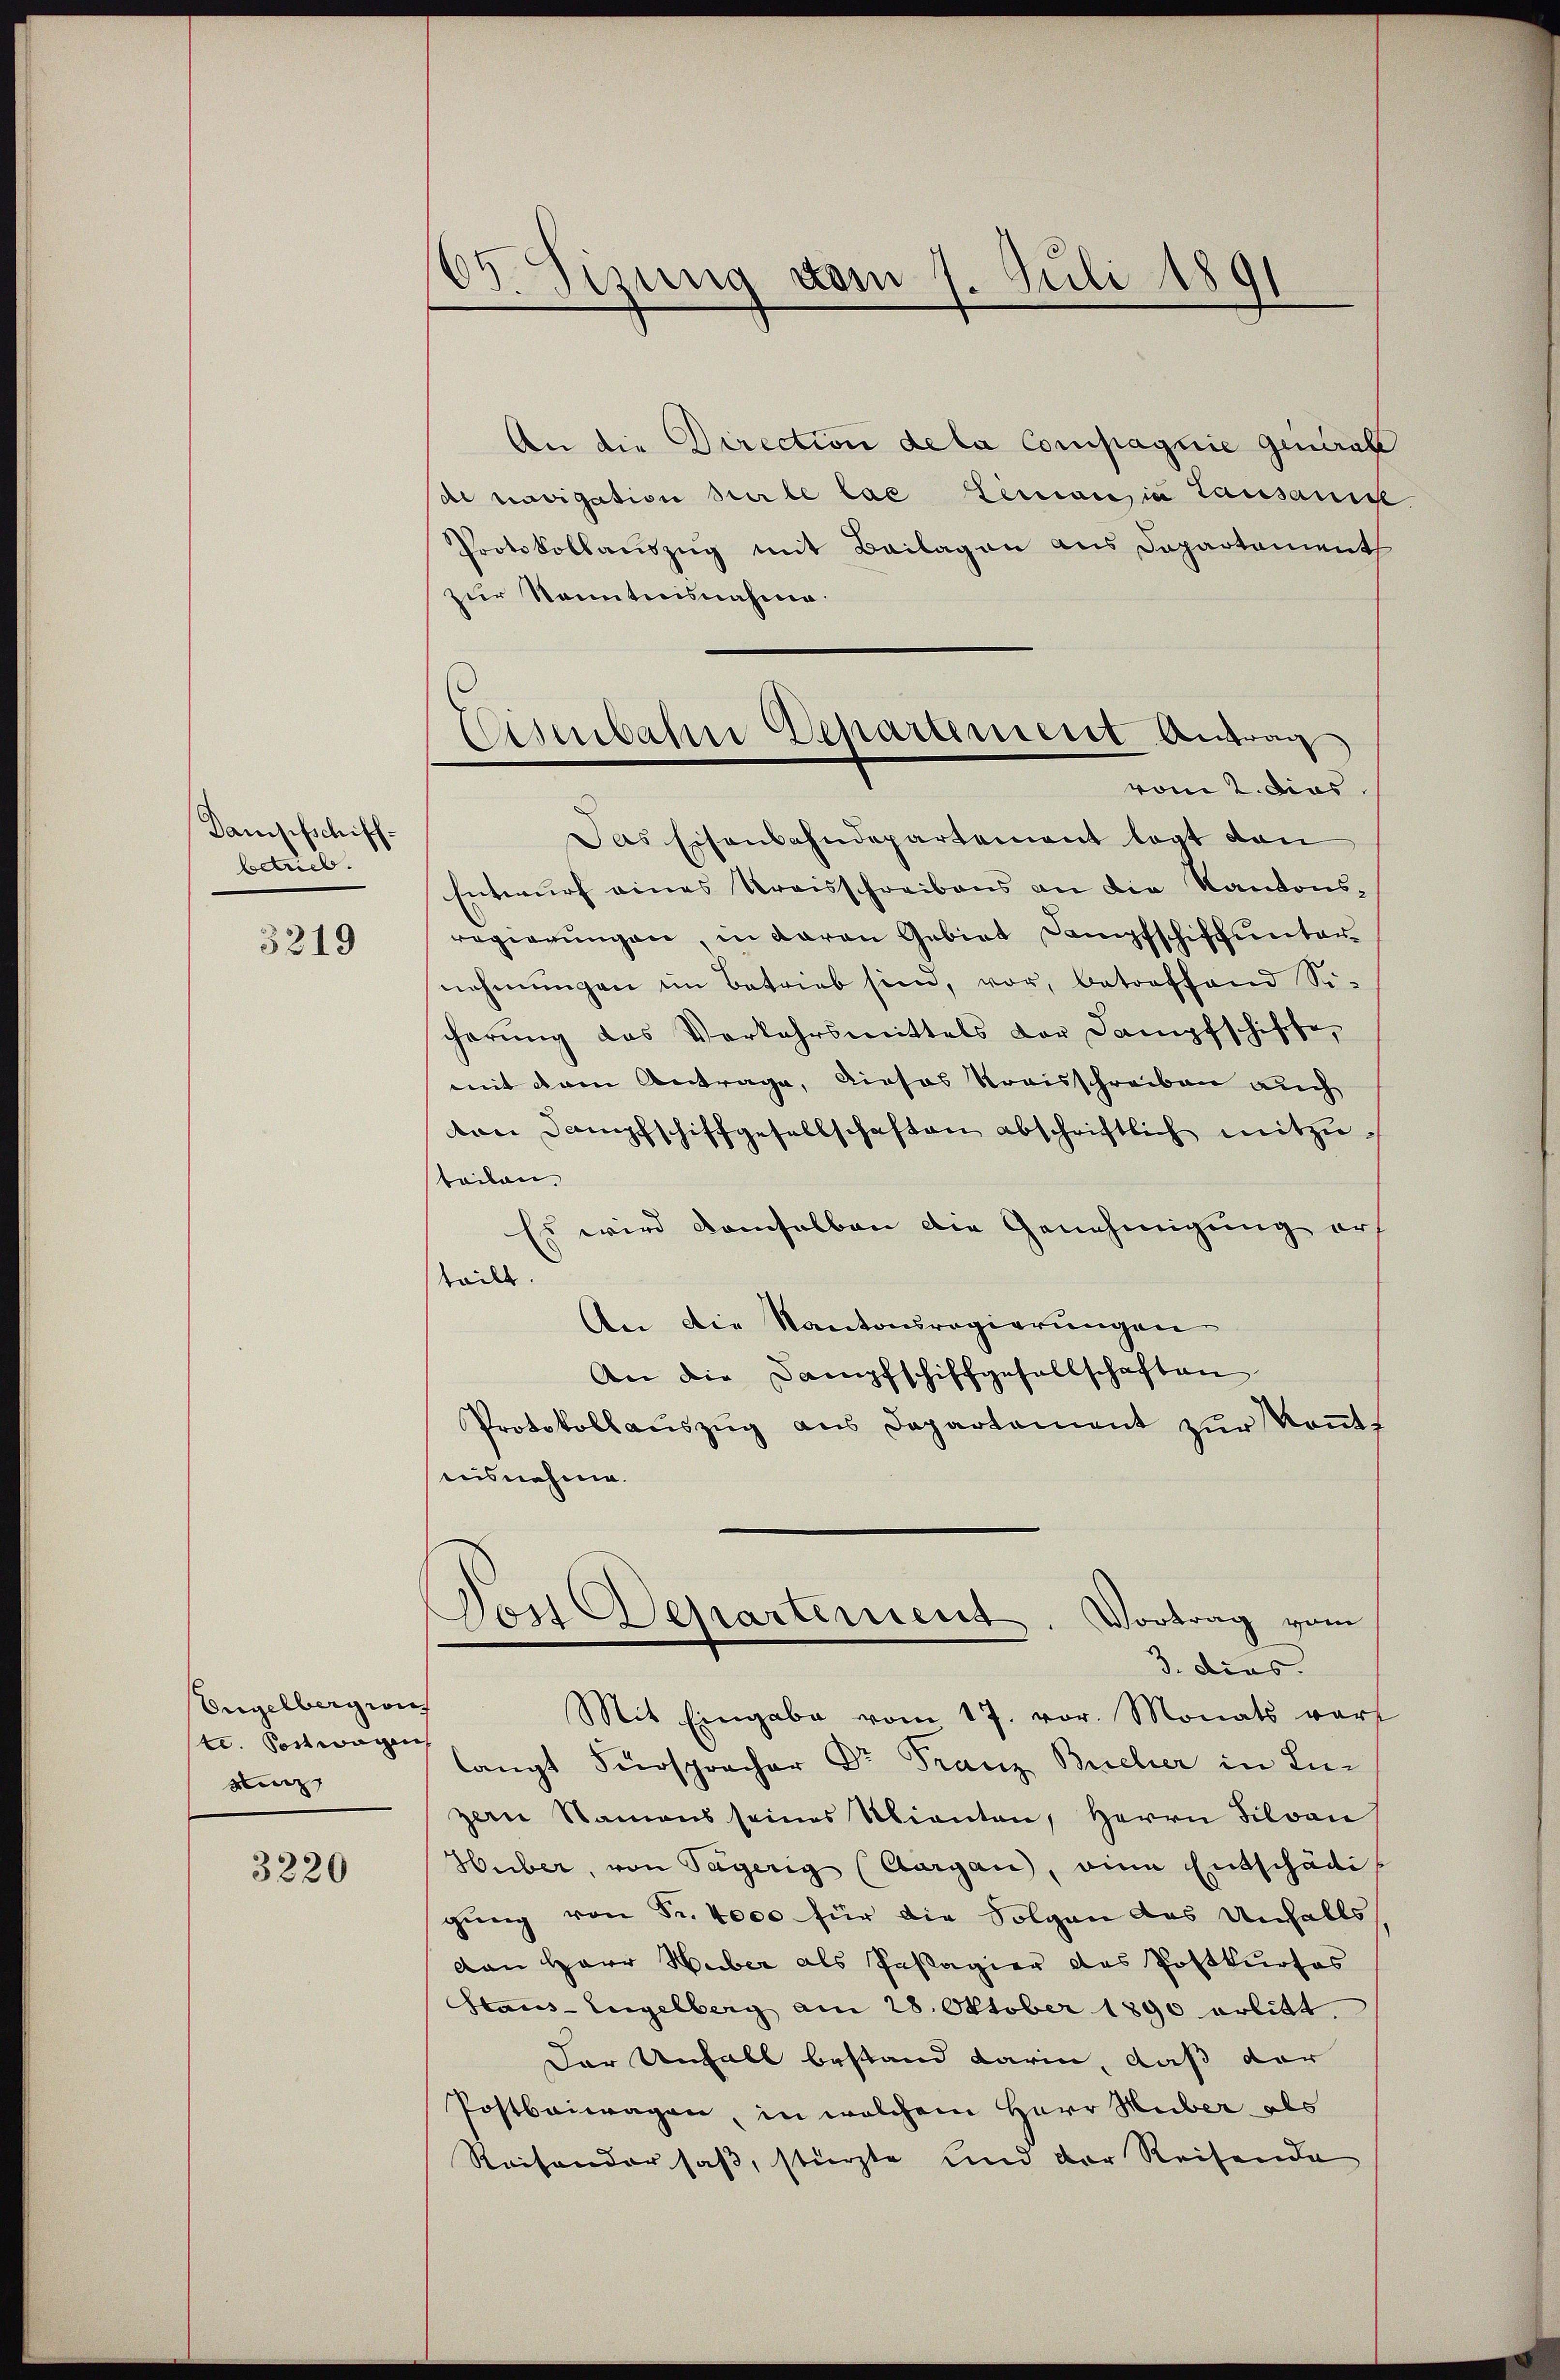
Dampfschiffbetrieb.

3219

Engelbergrif
te. Postwagen
saz

3220

109. Sizung vom 1. Juli 1891

An die Direction de la Compagnie generate
di vavigation sur le lae Lemania Lausausse
Protokollauszug mit Beilagen aus Departament
zur Kenntnisnahme.
Das Eisenbahndepartement legt dan
Entwurf eines Kreisschreibens an die Kantonsregierungen in daran Gebiet Dampfschiff unter
nehmungen im Betrieb sind, vor, betroffend Sicherung das Verkehrsmittels der Dampfschiffe,
mit denen Antrage, dieses Kraisschreiben auch
ton Dampfschiffgesellschaften abschriftlich mitzu
teilen.
Es wird demselben die Genehmigung ers
teilt.
An die Kantauregierungen
An die Dampfschiffgesellschaften
Protokollaŭszŭg aŭs Departement zŭr Kont
aisnahme.
Von Departement. Vortrag vom
3. dies
Mit Eingabe vom 17. vor. Monats vor
langt Fürspracher Dr Franz Bucher in Luzem Namens seines Abianten, Herrn Silvan
Huber, von Sägerig (Aargau, eine Entschädi
gung von Fr. 4000 für die Folgen das Unfalls
von Herr Huber als Passagier des Postkurses
Haus-Engelberg am 28. Oktober 1890 erlitt.
Der Unfall bestand darin, daß der
Postbaiwagen, in welchem Herr Huber als
Raisonder saß, stürzte und der Reisende

Eisenbahn Departement Antrag
vom 2. dies